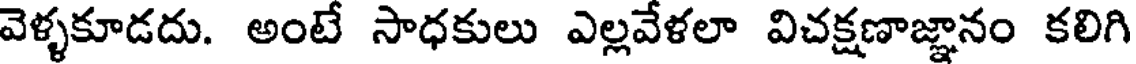
వెళ్ళకూడదు. అంటే సాధకులు ఎల్లవేళలా విచక్షణాజ్ఞానం కలిగి